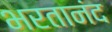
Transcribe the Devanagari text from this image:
भरतानंद